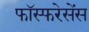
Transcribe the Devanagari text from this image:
फॉस्फरेसेंस